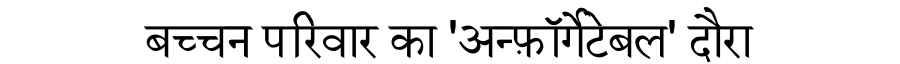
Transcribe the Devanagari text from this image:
बच्चन परिवार का 'अन्फ़ॉर्गेटेबल' दौरा